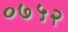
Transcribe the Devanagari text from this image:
०७५२